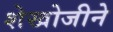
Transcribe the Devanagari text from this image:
शेखोजीने